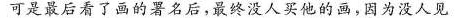
可是最后看了画的署名后，最终没买他的画，因为没人见